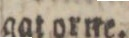
gat orne.